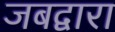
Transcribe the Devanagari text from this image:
जबद्वारा